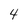
Character: 4